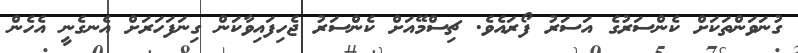
ގުނަވަންތަކަށް ކެންސަރުގެ އަސަރު ފޯރައެވެ. ޗިސްމޭއަށް ކެންސަރު ޖެހިފައިވާކަން ގިނަފަހަރަށް އެނގެނީ އެހެން